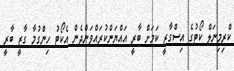
ކްރިމިނަލް ކޯޓުގެ އިސްގާޒީ ކަމަށް ބާރީ އައްޔަންކުރައްވަންދެން އެކޯޓު ހިންގުމާ ގާޒީ ބާރީ